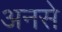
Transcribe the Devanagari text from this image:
अनसे